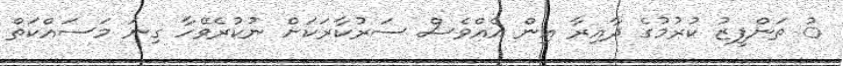
ު ތަންފީޒު ކުރުމުގެ ދާއިރާ އިން އެއްވެސް ސަރުކާރަކަށް ނުކުރެވޭހާ ގިނަ މަސައްކަތް